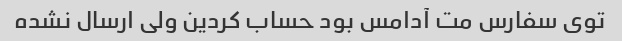
توی سفارس مت آدامس بود حساب کردین ولی ارسال نشده